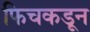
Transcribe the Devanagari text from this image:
फिचकडून